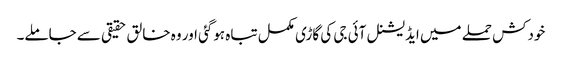
خودکش حملے میں ایڈیشنل آئی جی کی گاڑی مکمل تباہ ہوگئی اور وہ خالق حقیقی سے جاملے۔